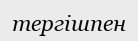
тергішпен